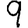
Digit: 9